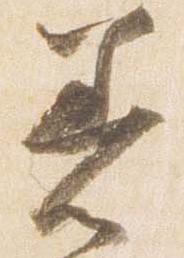
着